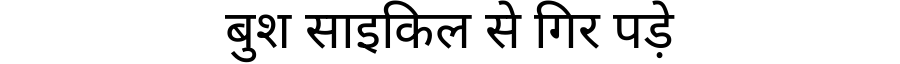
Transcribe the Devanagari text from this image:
बुश साइकिल से गिर पड़े